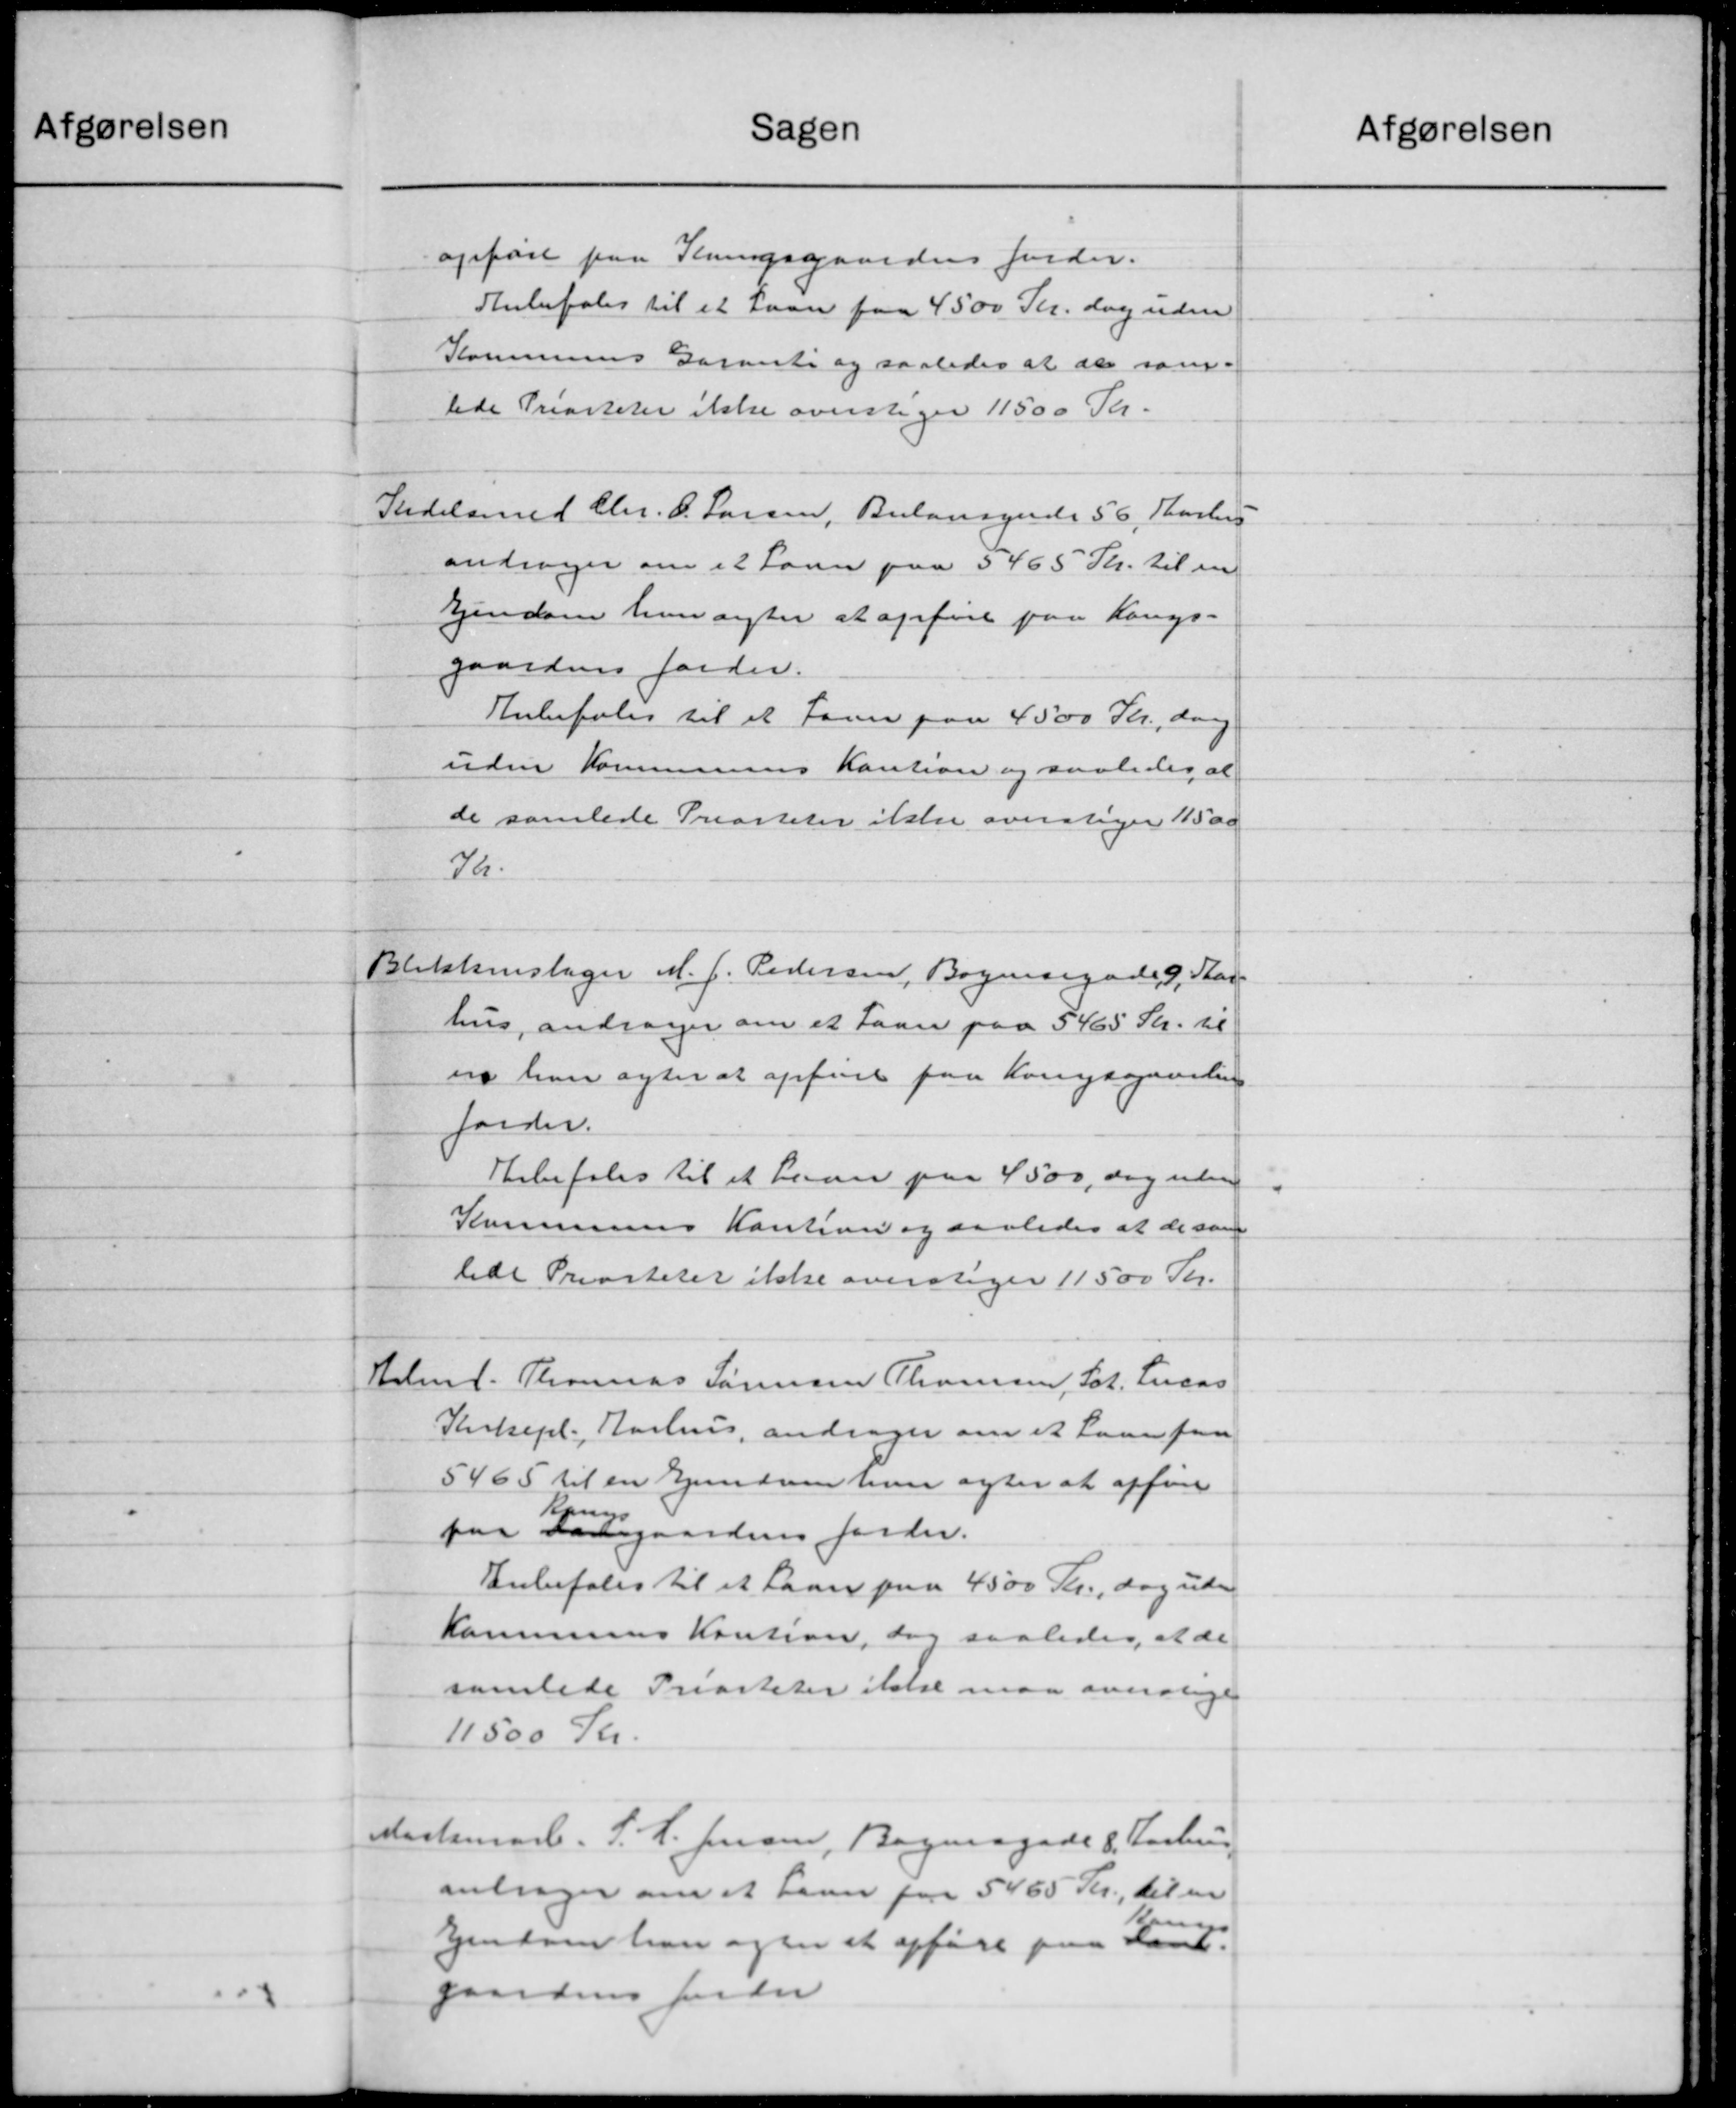
Transskription:
Sagen
opført paa Kringsgaardens Jorder.
Anbefales til et Laan paa 4500 Kr. dog uden
Kommunens Garanti og saaledes at at sam-
tede Prisiteter ikke overslager 11500 Kr.
Stedelsmed Chr. O. Larsen, Bulansynde 56, Aarhus
andrager om i 2 Laan paa 3465 Kr. til en
Ejendom han agter at opføre paa Langs-
gaardens Jorder.
Anbefales til et Favn paa 4500 Kr., dog
uden Kommunens Kaution og saaledes at
de samlede Priasteter ikke overstiger 11500
Va.
Blikkenslager M. J. Pedersen, Boyesegade 9, Star-
hus, andrager om et Laan paa 5465 Stk. til
er han agter at opføre paa Kongsgaarling.
Jorder.
Anbefales til et Laan paa 4500, dog uden
Kommunens Kaution og saaledes at de som
lidt Privateret ikke overtager 11500 Kr.
Helms. Thomas Sørensen Thomsen, Sct. Lucas
Kirkepl. Aarhus andrager om et Laan faa
5465 til en Ejendom hun agter at opføre
Kr
ing
paa Ladegaardens Jorde.
Anbefales til et Laan paa 4500 Kr., dog uden
Kommunes Kaution, dog saaledes, at de
samlede Priorteter ikke maa overstige
11.500 Kr.
Martsmar. J. P. Jensen, Bagergade 8 Aarhus
anbrager om et Laan paa 5465 Kr., til en
Ejendom han og en at opføre paa Kont.
gaardens Jorde